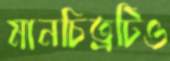
মানচিত্রটিও